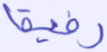
رفيقا